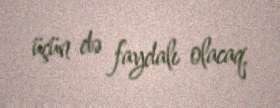
üçün də faydalı olacaq.